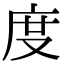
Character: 度